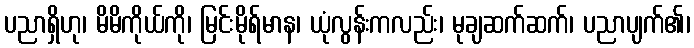
ပညာရှိဟု၊ မိမိကိုယ်ကို၊ မြင်းမိုရ်မာန၊ ယုံလွန်းကလည်း၊ မုချဆက်ဆက်၊ ပညာပျက်၏၊